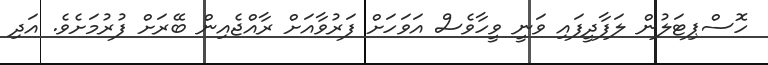
ހޮސްޕިޓަލުން ލަފާދީފައި ވަނީ ވީހާވެެސް އަވަހަށް ފަރުވާއަށް ރާއްޖެއިން ބޭރަށް ފުރުމަށެވެ. އަދި